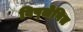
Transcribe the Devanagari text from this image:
विष्लेषित